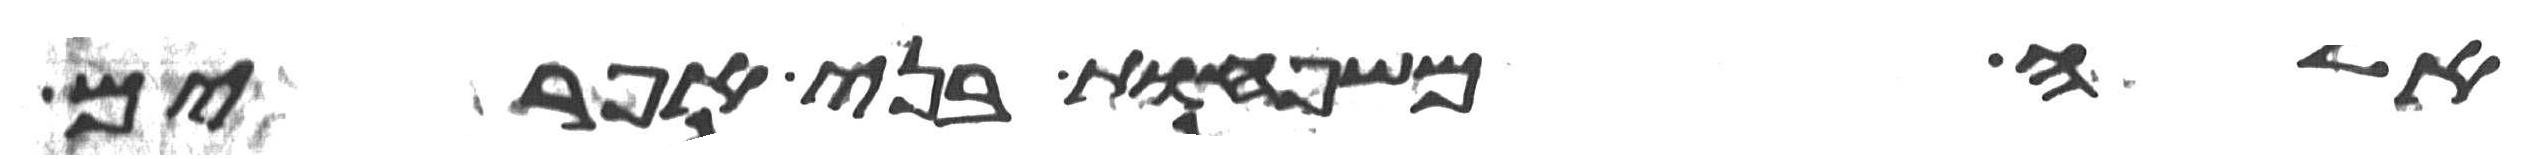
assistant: אלה משפחות בני אפרים